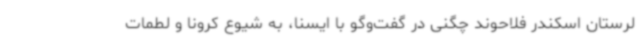
لرستان اسکندر فلاحوند چگنی در گفت‌وگو با ایسنا، به شیوع کرونا و لطمات